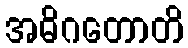
အဓိဂတောတိ